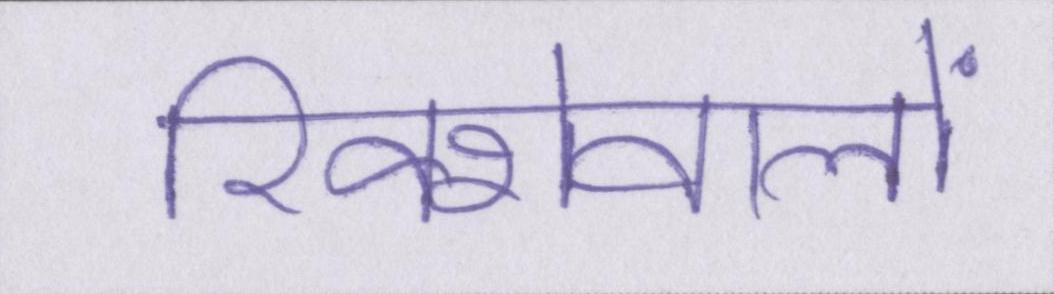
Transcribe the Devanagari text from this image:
रिक्शेवालों